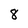
Character: 8